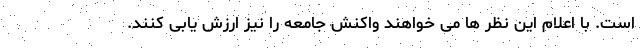
است. با اعلام این نظر ها می خواهند واکنش جامعه را نیز ارزش یابی کنند.